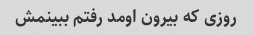
روزی که بیرون اومد رفتم ببینمش